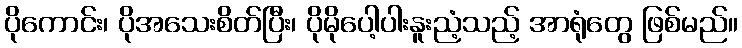
ပိုကောင်း၊ ပိုအသေးစိတ်ပြီး၊ ပိုမိုပေါ့ပါးနူးညံ့သည့် အာရုံတွေ ဖြစ်မည်။